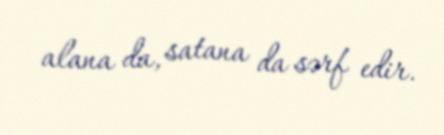
alana da, satana da sərf edir.